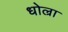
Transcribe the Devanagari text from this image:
धोल्रा